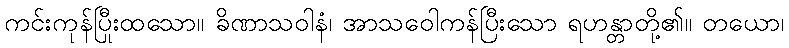
ကင်းကုန်ပြီးထသော။ ခိဏာသဝါနံ၊ အာသဝေါကုန်ပြီးသော ရဟန္တာတို့၏။ တယော၊